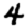
Digit: 4